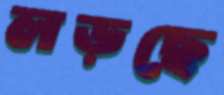
লড়ছে